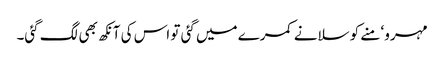
مہرو‘ منے کو سلانے کمرے میں گئی تو اس کی آنکھ بھی لگ گئی۔